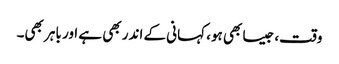
وقت، جیسا بھی ہو، کہانی کے اندر بھی ہے اور باہر بھی۔